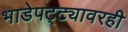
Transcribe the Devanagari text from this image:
भाडेपट्ट्यावरही